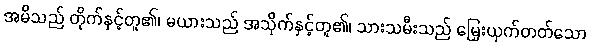
အမိသည် တိုက်နှင့်တူ၏၊ မယားသည် အသိုက်နှင့်တူ၏၊ သားသမီးသည် မြှေးယှက်တတ်သော